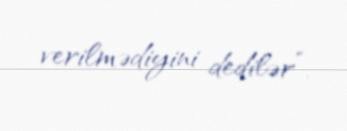
verilmədiyini dedilər”.